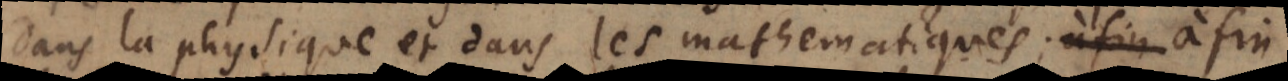
dans la physique et dans les mathematiques; à fin